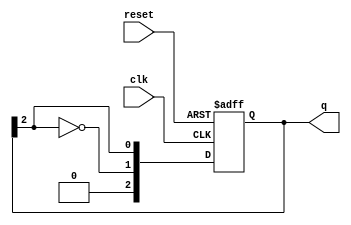
module johnson_counter (
    input wire clk,          // Clock signal
    input wire reset,        // Asynchronous reset signal
    output reg [N-1:0] q     // Current state output
);
    parameter N = 3;         // Number of bits in the Johnson counter

    // State transition logic
    always @(posedge clk or posedge reset) begin
        if (reset) begin
            q <= 0;          // Reset the counter to 0
        end else begin
            q <= {~q[N-1], q[N-1:N-1]}; // Shift and feedback the inverted last bit
        end
    end
endmodule